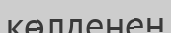
көлденен